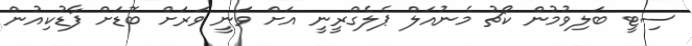
ސިޓީ ބަލިވުމުން ކޯޗު މެނުއަލް ޕެލެގްރީނީ އަށް ވަނީ ވަރަށް ބޮޑަށް ފާޑުކިއުން